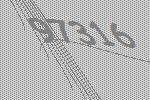
97316